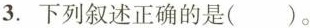
3.下列叙述正确的是()。